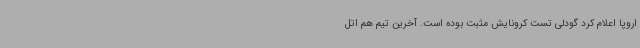
اروپا اعلام کرد گودلی تست کرونایش مثبت بوده است. آخرین تیم هم اتل